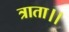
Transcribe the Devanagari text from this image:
त्राता।।